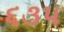
૬૩૫